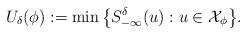
LaTeX: \begin{align*}U_\delta(\phi):= \min\big\{S^\delta_{-\infty}(u): u\in \mathcal{X}_\phi\big\}.\end{align*}